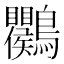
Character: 𪈱